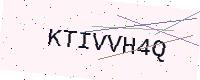
Text: KTIVVH4Q